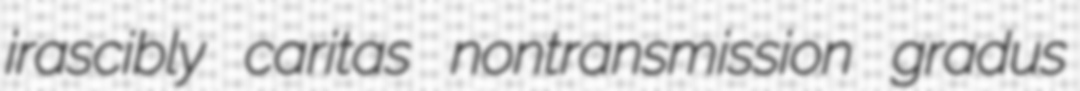
irascibly caritas nontransmission gradus